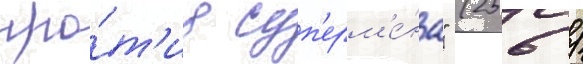
про́т'ив суп'ерм'е́на" (256 /